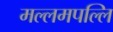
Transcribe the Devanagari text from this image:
मल्लमपल्लि